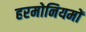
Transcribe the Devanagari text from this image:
हरमोनियमों